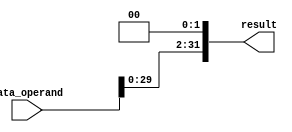
module shiftleft_two(result, data_operand);

    input [31:0] data_operand;
    output [31:0] result;

    assign result[0] = 1'b0;
    assign result[1] = 1'b0;
    assign result[2] = data_operand[0];
    assign result[3] = data_operand[1];
    assign result[4] = data_operand[2];
    assign result[5] = data_operand[3];
    assign result[6] = data_operand[4];
    assign result[7] = data_operand[5];
    assign result[8] = data_operand[6];
    assign result[9] = data_operand[7];
    assign result[10] = data_operand[8];
    assign result[11] = data_operand[9];
    assign result[12] = data_operand[10];
    assign result[13] = data_operand[11];
    assign result[14] = data_operand[12];
    assign result[15] = data_operand[13];
    assign result[16] = data_operand[14];
    assign result[17] = data_operand[15];
    assign result[18] = data_operand[16];
    assign result[19] = data_operand[17];
    assign result[20] = data_operand[18];
    assign result[21] = data_operand[19];
    assign result[22] = data_operand[20];
    assign result[23] = data_operand[21];
    assign result[24] = data_operand[22];
    assign result[25] = data_operand[23];
    assign result[26] = data_operand[24];
    assign result[27] = data_operand[25];
    assign result[28] = data_operand[26];
    assign result[29] = data_operand[27];
    assign result[30] = data_operand[28];
    assign result[31] = data_operand[29];

endmodule